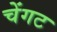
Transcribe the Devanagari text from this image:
चेंगट